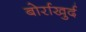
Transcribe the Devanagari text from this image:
बोर्राखुर्द